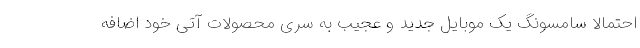
احتمالا سامسونگ یک موبایل جدید و عجیب به سری محصولات آتی خود اضافه